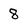
Character: 8